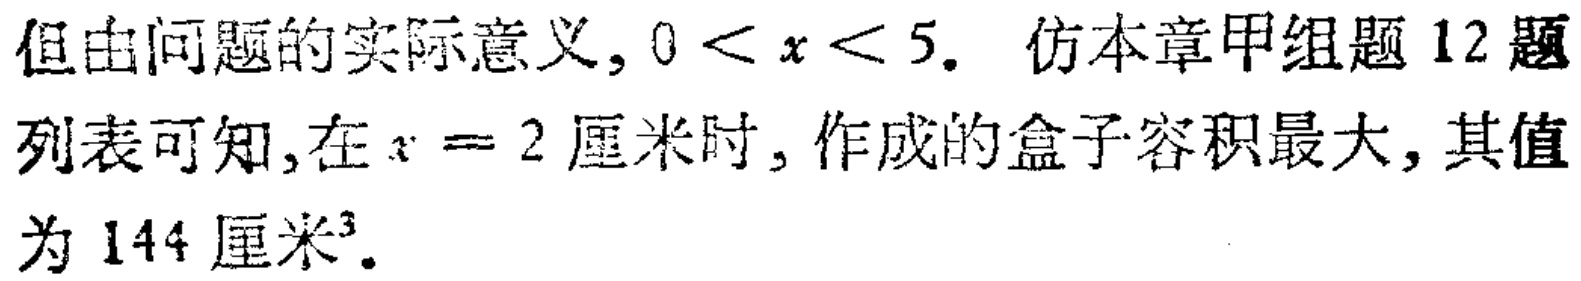
但由问题的实际意义, \(0 < x < 5\). 仿本章甲组题12题列表可知,在\(x = 2\)厘米时, 作成的盒子容积最大, 其值为 \(144\)厘米\(^{3}\).